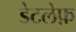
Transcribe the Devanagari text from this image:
डेटलेफ़